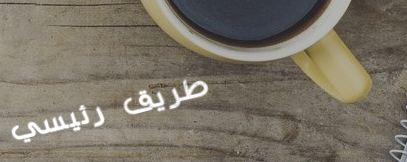
طريق رئيسي